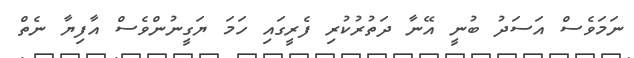
ނަމަވެސް އަސަދު ބުނީ އޭނާ ދަތުރުކުރި ފެރީގައި ހަމަ ޔަގީނުންވެސް އާފިޔާ ނެތް